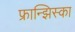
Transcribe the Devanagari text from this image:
फ्रान्झिस्का